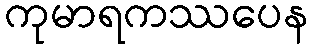
ကုမာရကဿပေန